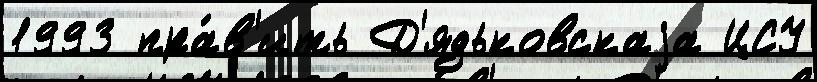
1993 пра́в'ить Д'ядьковскаjа ЦСУ